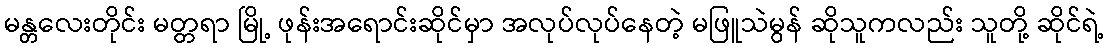
မန္တလေးတိုင်း မတ္တရာ မြို့ ဖုန်းအရောင်းဆိုင်မှာ အလုပ်လုပ်နေတဲ့ မဖြူသဲမွန် ဆိုသူကလည်း သူတို့ ဆိုင်ရဲ့